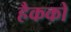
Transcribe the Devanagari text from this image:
हैकको